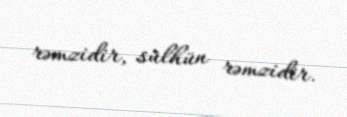
rəmzidir, sülhün rəmzidir.